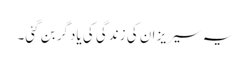
یہ سیریز ان کی زندگی کی یادگر بن گئی۔